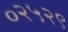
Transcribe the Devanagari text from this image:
०२५२९